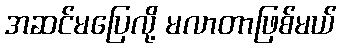
အဆင်မပြေလို့ မလာတာဖြစ်မယ်